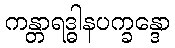
ကန္တာရဒ္ဓါနပက္ခန္ဒော